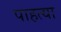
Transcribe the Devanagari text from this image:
पाहत्या